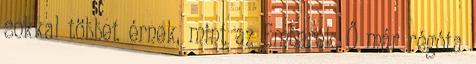
sokkal többet érnek, mint az Emberek. Ő már régóta